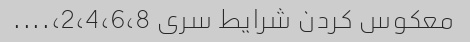
معکوس کردن شرایط سری 2،4،6،8،....